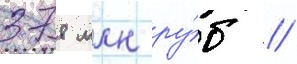
378 млн ру́б //